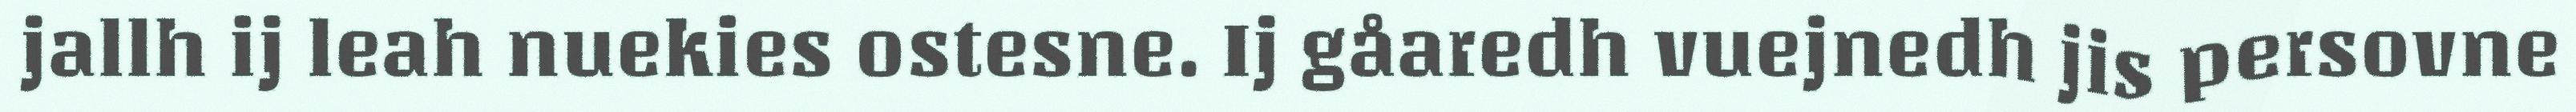
jallh ij leah nuekies ostesne. Ij gåaredh vuejnedh jis persovne